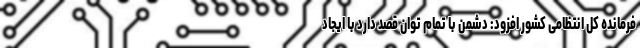
فرمانده کل انتظامی کشور افزود: دشمن با تمام توان قصد دارد با ایجاد